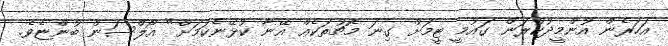
އަހަރެން އުންމީދުކުރަން ގައުމީ ޓީމަށް ގިނަ މެޗުތަކެއް އޭނާ ކުޅޭނެކަމަށް" އޯލްސަން ބުންޏެވެ.